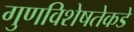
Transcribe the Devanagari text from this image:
गुणविशेषतेकडे